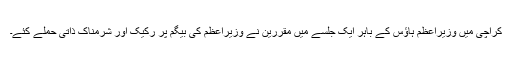
کراچی میں وزیراعظم ہاؤس کے باہر ایک جلسے میں مقررین نے وزیراعظم کی بیگم پر رکیک اور شرمناک ذاتی حملے کئے۔